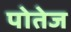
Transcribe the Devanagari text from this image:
पोतेज